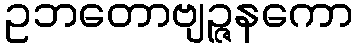
ဥဘတောဗျဉ္ဇနကော